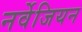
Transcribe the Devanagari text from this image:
नर्वेजियन